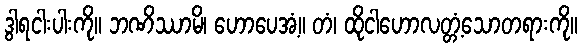
ဒွါရငါးပါးကို။ ဘဏိဿာမိ၊ ဟောပေအံ့။ တံ၊ ထိုငါဟောလတ္တံ့သောတရားကို။